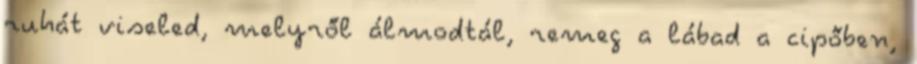
ruhát viseled, melyről álmodtál, remeg a lábad a cipőben,